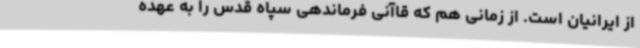
از ایرانیان است. از زمانی هم که قاآنی فرماندهی سپاه قدس را به عهده